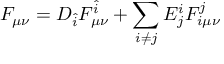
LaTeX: F _ { \mu \nu } = D _ { \hat { i } } F _ { \mu \nu } ^ { \hat { i } } + \sum _ { i \not = j } E _ { j } ^ { i } F _ { i \mu \nu } ^ { j }